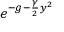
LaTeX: e ^ { - g - { \frac { \gamma } { 2 } } y ^ { 2 } }